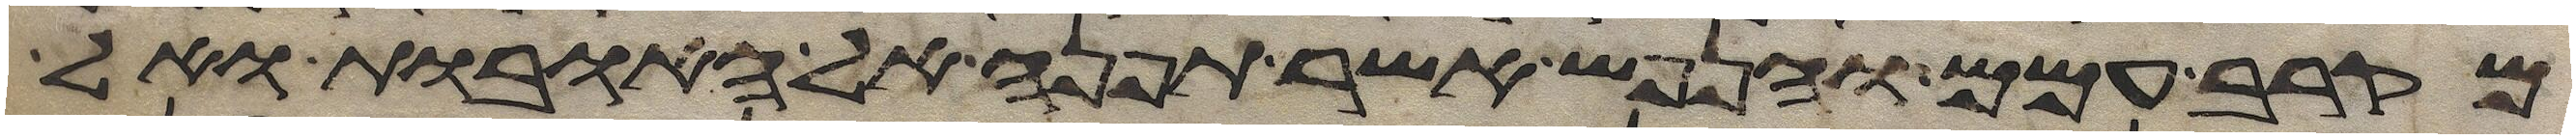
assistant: מקרב עמם והנפש אשר תפנה אל האובות ואל